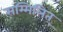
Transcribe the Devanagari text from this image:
सम्मिलित्